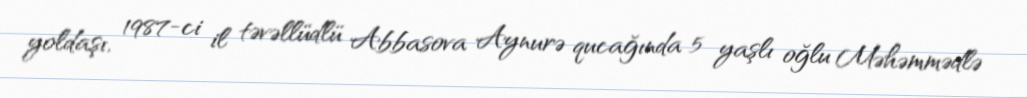
yoldaşı, 1987-ci il təvəllüdlü Abbasova Aynurə qucağında 5 yaşlı oğlu Məhəmmədlə